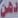
دهن